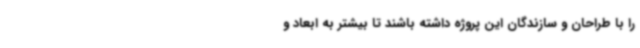
را با طراحان و سازندگان این پروژه داشته باشند تا بیشتر به ابعاد و